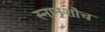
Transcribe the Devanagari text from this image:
स्नानशौच